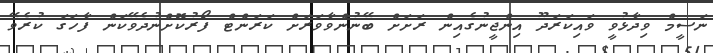
ނަސީމް ވިދާޅުވީ ވައިކަރަދޫ އިންޖީނުގެއިން ރަށަށް ބޭނުންވާވަރަށް ކަރަންޓް ފޯރުކޮށްނުދެވޭކަން ފާހަގަ ކުރެވޭ